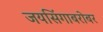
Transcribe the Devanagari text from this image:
जयसिंगाबरोबर